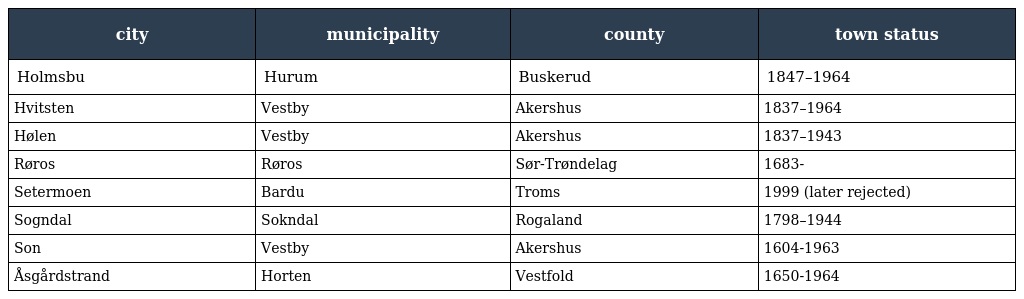
| city | municipality | county | town status |
 | --- | --- | --- | --- |
 | Holmsbu | Hurum | Buskerud | 1847–1964 |
 | Hvitsten | Vestby | Akershus | 1837–1964 |
 | Hølen | Vestby | Akershus | 1837–1943 |
 | Røros | Røros | Sør-Trøndelag | 1683- |
 | Setermoen | Bardu | Troms | 1999 (later rejected) |
 | Sogndal | Sokndal | Rogaland | 1798–1944 |
 | Son | Vestby | Akershus | 1604-1963 |
 | Åsgårdstrand | Horten | Vestfold | 1650-1964 |